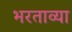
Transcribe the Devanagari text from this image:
भरताव्या